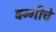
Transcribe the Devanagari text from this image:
बग्गीचे